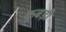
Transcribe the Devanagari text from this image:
कूबड़ी